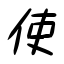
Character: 使